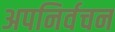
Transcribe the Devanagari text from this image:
अपनिर्वचन